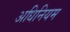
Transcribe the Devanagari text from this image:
अधिनियम